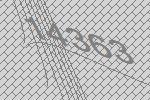
14363